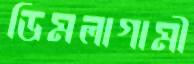
ডিমলাগামী